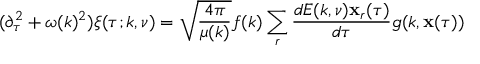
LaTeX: ( \partial _ { \tau } ^ { 2 } + \omega ( k ) ^ { 2 } ) \xi ( \tau ; k , \nu ) = \sqrt { \frac { 4 \pi } { \mu ( k ) } } f ( k ) \sum _ { r } \frac { d { \cal E } ( k , \nu ) { \bf x } _ { r } ( \tau ) } { d \tau } g ( k , { \bf x } ( \tau ) )